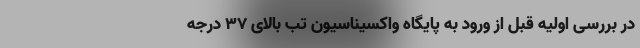
در بررسی اولیه قبل از ورود به پایگاه واکسیناسیون تب بالای ۳۷ درجه